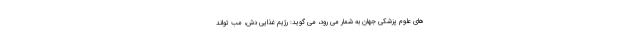
های علوم پزشکی جهان به شمار می رود، می گوید: رژیم غذایی دش، مب تواند